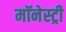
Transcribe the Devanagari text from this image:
मॉनेस्‍ट्री